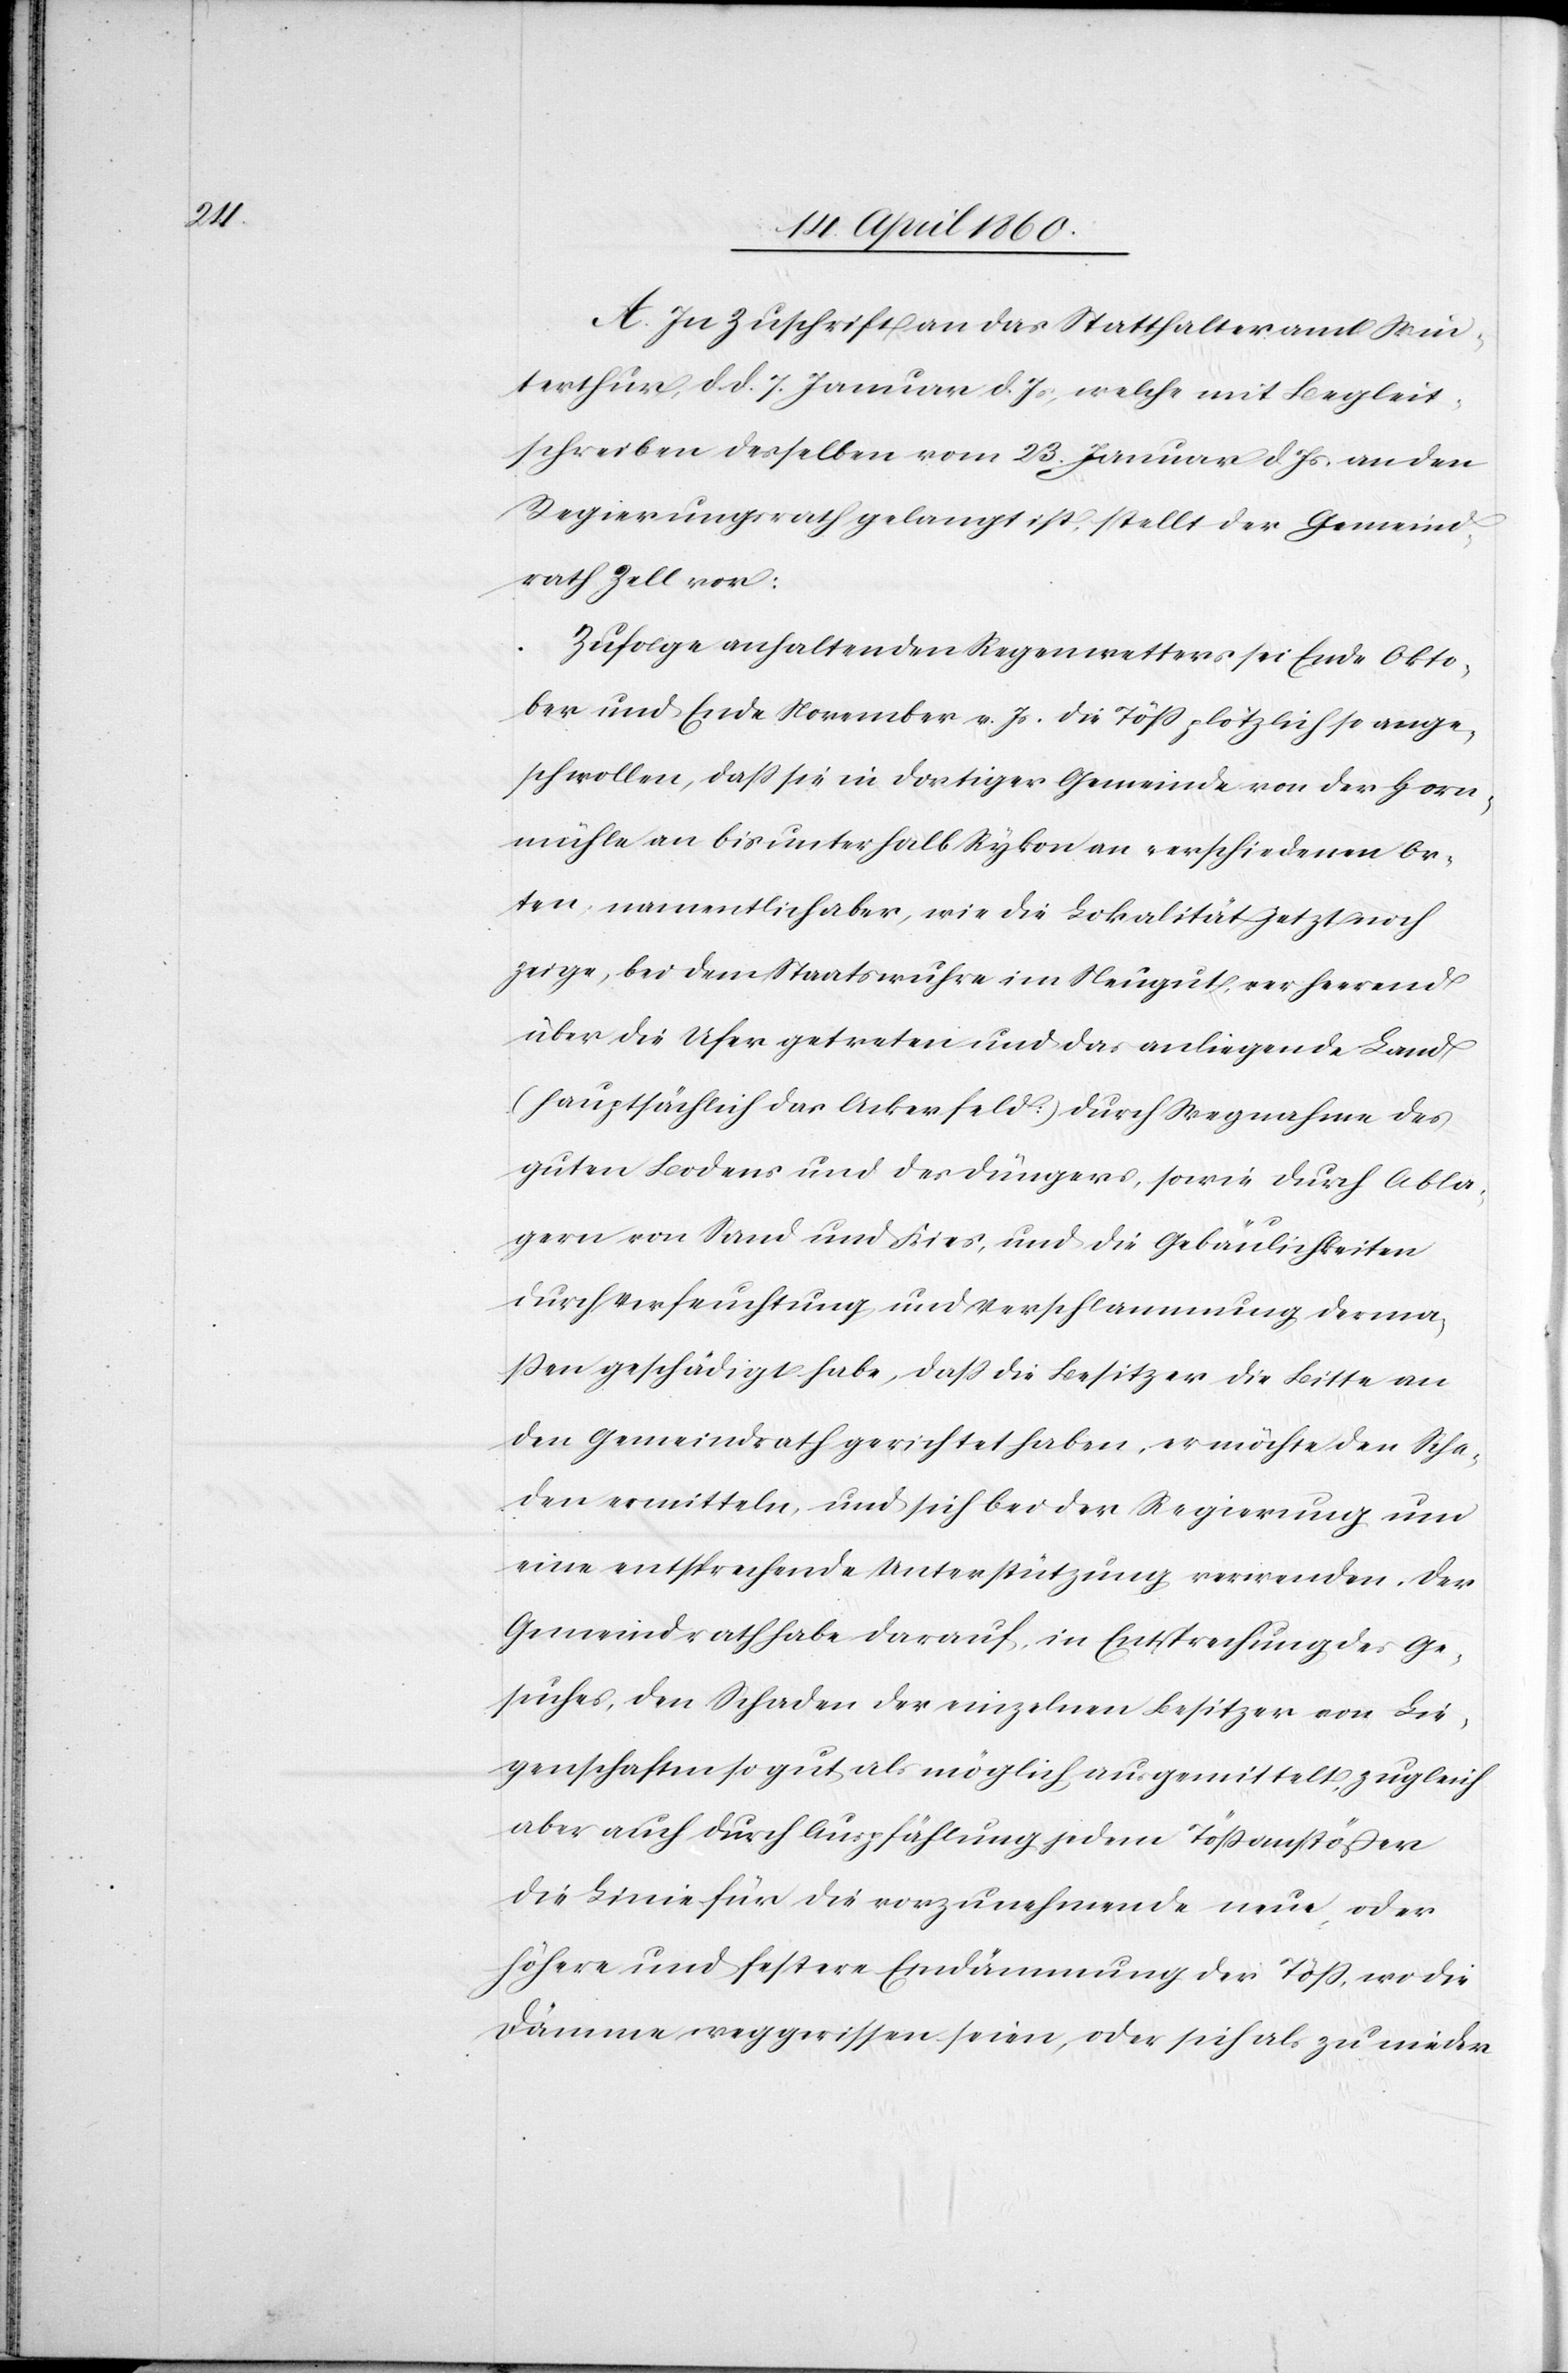
A. In Zuschrift an das Statthalteramt Win¬
terthur, d. d. 7. Januar d. Js., welche mit Begleit¬
schreiben desselben vom 23. Januar d. Js. an den
Regierungsrath gelangt ist, stellt der Gemeind¬
rath Zell vor:
Zufolge anhaltenden Regenwetters sei Ende Okto¬
ber und Ende November v. Js. die Töss plötzlich so ange¬
schwollen, dass sie in dortiger Gemeinde von der Horn¬
mühle an bis unterhalb Rykon an verschiedenen Or¬
ten, namentlich aber, wie die Lokalität jetzt noch
zeige, bei dem Staatswuhre im Neugut verheerend
über die Ufer getreten und das anliegende Land
(hauptsächlich das Ackerfeld?) durch Wegnahme des
guten Bodens und des Düngers, sowie durch Abla¬
gern von Sand und Kies, und die Gebäulichkeiten
durch Verfeuchtung und Verschlammung derma¬
ssen geschädigt habe, dass die Besitzer die Bitte an
den Gemeindrath gerichtet haben, er möchte den Scha¬
den ermitteln, und sich bei der Regierung um
eine entsprechende Unterstützung verwenden. Der
Gemeindrath habe darauf in Entsprechung des Ge¬
suches, den Schaden der einzelnen Besitzer von Lie¬
genschaften so gut als möglich ausgemittelt, zugleich
aber auch durch Auspfählung jedem Tössanstösser
die Linie für die vorzunehmende neue oder
höhere und festere Eindämmung der Töss, wo die
Dämme weggerissen seien, oder sich als zu nieder